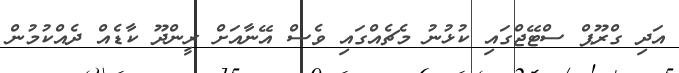
އަދި ގްރޫޕް ސްޓޭޖްގައި ކުޅުނު މެޗެއްގައި ވެސް އޭނާއަށް ރީންދޫ ކާޑެއް ދެއްކުމުން